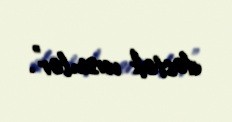
dəstək versinlər”.